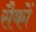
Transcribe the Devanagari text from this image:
सैकों